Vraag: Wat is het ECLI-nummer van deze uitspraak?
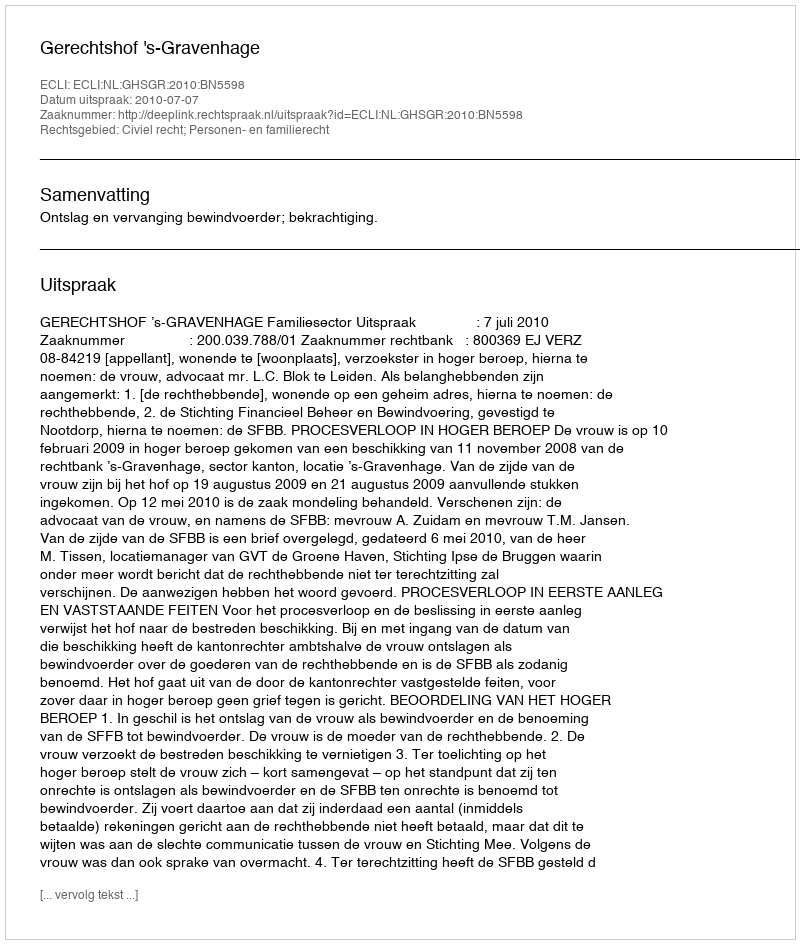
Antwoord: ECLI:NL:GHSGR:2010:BN5598